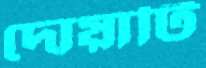
দোয়াটি